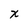
Character: x